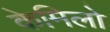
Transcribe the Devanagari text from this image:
केमिलो